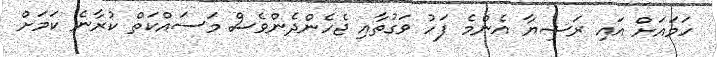
ހަމައަށް އައި ރަޝިޔާ އެންމެ ފަހު ވަގުތާއި ޖެހެންދެންވެސް މަސައްކަތް ކުރާނެ ކަމަށް